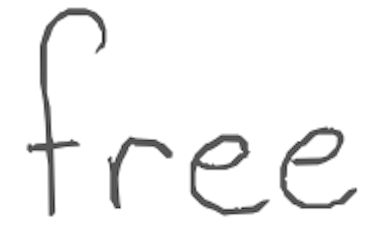
Text: free
Cross-out: clean
Writing tool: digital_gray